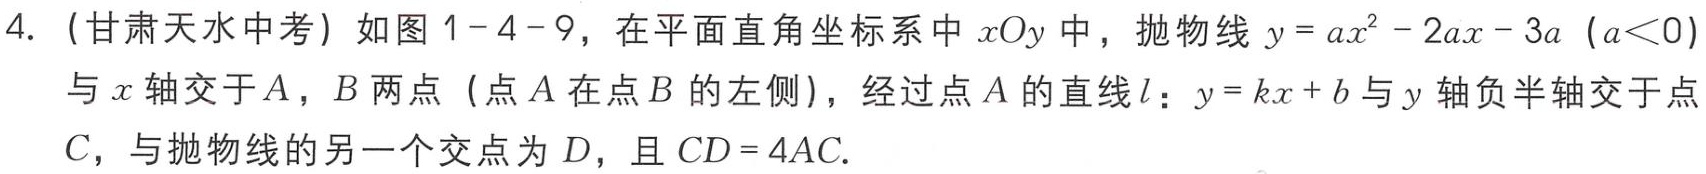
4.（甘肃天水中考）如图1-4-9，在平面直角坐标系中\(xOy\)中，抛物线\(y = ax^{2}-2ax - 3a\ (a<0)\)与\(x\)轴交于\(A\)，\(B\)两点（点\(A\)在点\(B\)的左侧），经过点\(A\)的直线\(l\)：\(y = kx + b\)与\(y\)轴负半轴交于点\(C\)，与抛物线的另一个交点为\(D\)，且\(CD = 4AC\).